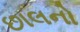
છાલનો